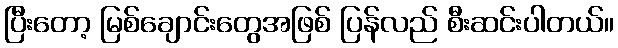
ပြီးတော့ မြစ်ချောင်းတွေအဖြစ် ပြန်လည် စီးဆင်းပါတယ်။